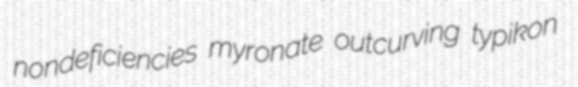
nondeficiencies myronate outcurving typikon